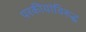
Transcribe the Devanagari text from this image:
परकीयांविरुद्ध